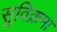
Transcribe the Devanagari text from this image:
सुविक्रमा